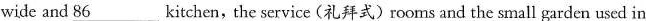
wide and \underline{86} kitchen,the service (礼拜式)roorms and the small garden used in